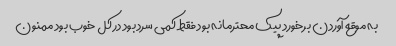
به موقع آوردن برخورد پیک محترمانه بود فقط کمی سرد بود در کل خوب بود ممنون